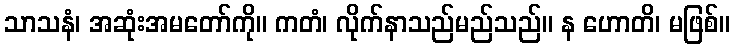
သာသနံ၊ အဆုံးအမတော်ကို။ ကတံ၊ လိုက်နာသည်မည်သည်။ န ဟောတိ၊ မဖြစ်။